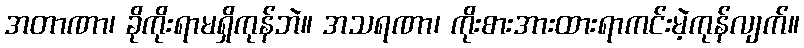
အတာဏာ၊ ခိုကိုးရာမရှိကုန်ဘဲ။ အသရဏာ၊ ကိုးစားအားထားရာကင်းမဲ့ကုန်လျက်။